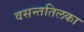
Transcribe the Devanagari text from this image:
वसन्ततिलका